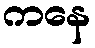
ကနေ